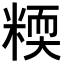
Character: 𥻟